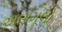
અણમૂલો